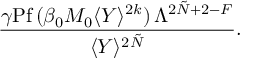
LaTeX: \frac { \gamma \mathrm { P f } \, ( \beta _ { 0 } M _ { 0 } \langle Y \rangle ^ { 2 k } ) \, \Lambda ^ { 2 \tilde { N } + 2 - F } } { \langle Y \rangle ^ { 2 \tilde { N } } } .